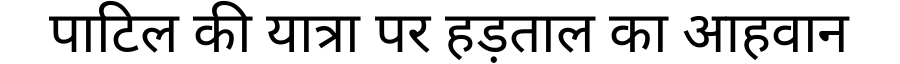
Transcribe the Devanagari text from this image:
पाटिल की यात्रा पर हड़ताल का आहवान